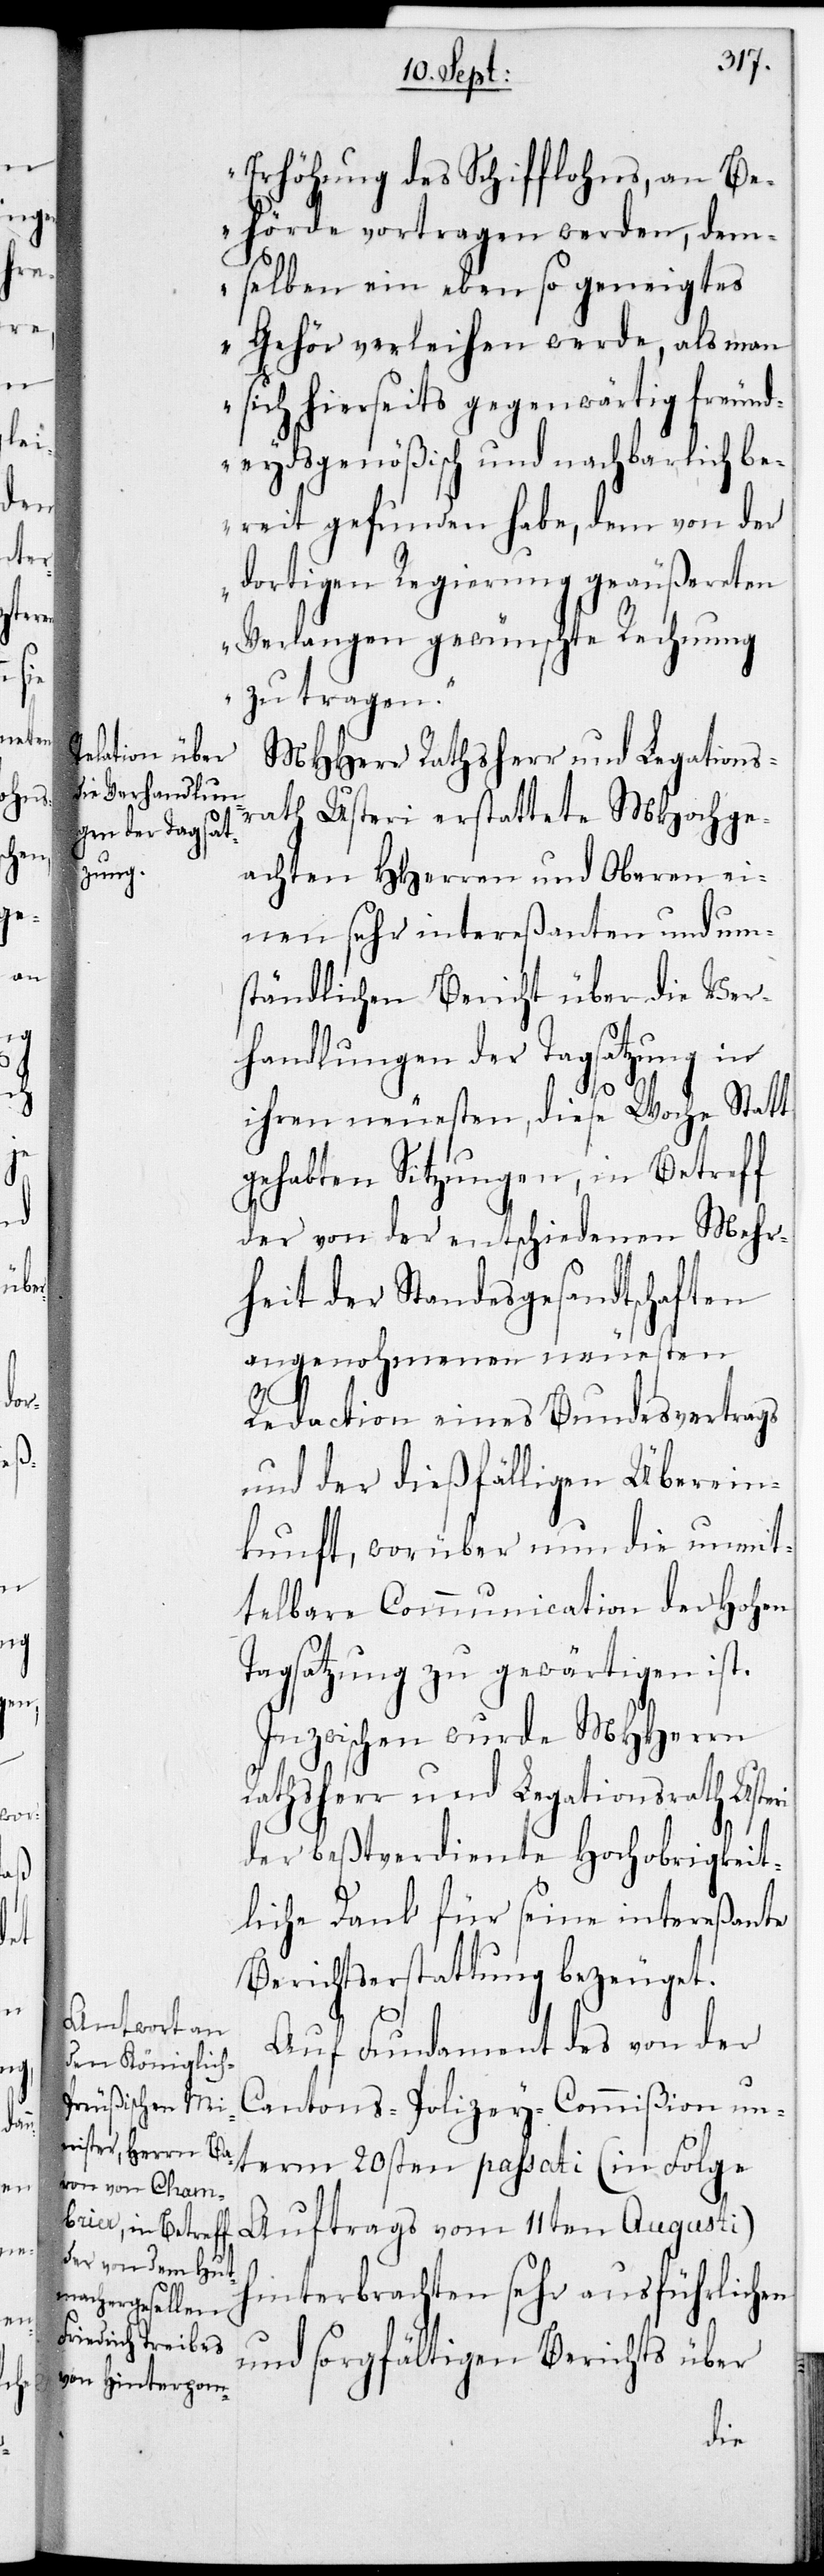
Erhöhung des Schifflohns, an Be¬
hörde vortragen werden, dem¬
selben ein ebenso geneigtes
Gehör verleihen werde, als man
sich hierseits gegenwärtig freund¬
eydsgenößisch und nachbarlich be¬
reit gefunden habe, dem von der
dortigen Regierung geäußereten
Verlangen gewünschte Rechnung
zu tragen.“
MHHerr Rathsherr und Legations¬
rath Usteri erstattete MHochge¬
achten HHerren und Oberen ei¬
nen sehr intereßanten und um¬
ständlichen Bericht über die Ver¬
handlungen der Tagsatzung in
ihren neuesten, diese Woche Statt
gehabten Sitzungen, in Betreff
der von der entschiedenen Mehr¬
heit der Standesgesandtschaften
angenohmenen neuesten
Redaction eines Bundesvertrags
und der dießfälligen Überein¬
kunft, worüber nun die unmit¬
telbare Communication der Hohen
Tagsatzung zu gewärtigen ist.
Inzwischen wurde MHHerrn
Rathsherr und Legationsrath Usteri
der beßtverdiente Hochobrigkeit¬
liche Dank für seine intereßante
Berichtserstattung bezeugt.
Auf Fundament des von der
Cantons-Polizey-Commißion un¬
term 20sten passati (in Folge
Auftrags vom 11ten Augusti)
hinterbrachten sehr ausführlichen
und sorgfältigen Berichts über